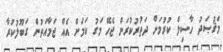
މަޤުޞަދު ހާސިލް ކުރުމަށް ދަތުރުކުރަން ޖެހޭ މަގު ކަމަށް އެއް ޖަމާއަތުން ގަބޫލުކުރާ